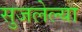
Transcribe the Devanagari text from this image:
सुजलेल्या